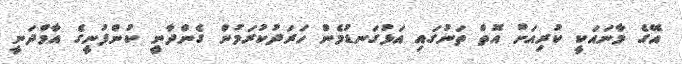
އޭގެ މާނައަކީ ކުރިއަށް އޮތް ތަނުގައި އަޅުގަނޑުމެން ހަރަދުކުރަމުން ގެންދާނީ ކުންފުނީގެ އާމްދަނީ